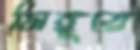
সিঙ্গুরে